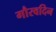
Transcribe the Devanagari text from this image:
गौरवदिन